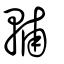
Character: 輔